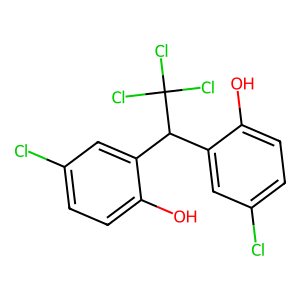
SMILES: Oc1ccc(Cl)cc1C(c1cc(Cl)ccc1O)C(Cl)(Cl)Cl
Inhibits HIV replication: Yes